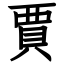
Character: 賈